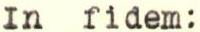
In fidem: